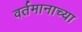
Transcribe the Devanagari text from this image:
वर्तमानाच्या